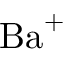
\mathrm { B a } ^ { + }